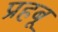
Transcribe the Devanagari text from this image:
प्रहबू